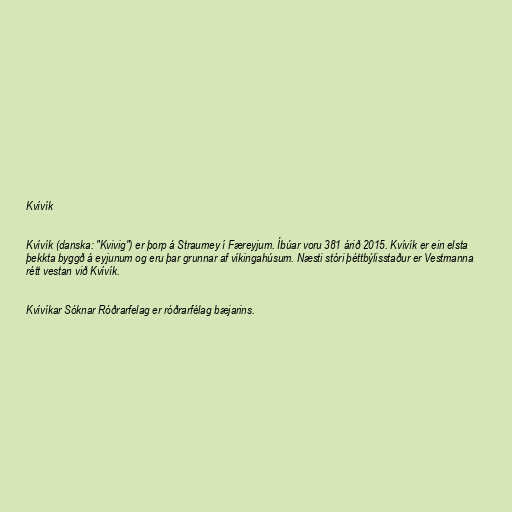
Kvívík

Kvívík (danska: "Kvivig") er þorp á Straumey í Færeyjum. Íbúar voru 381 árið 2015. Kvívík er ein elsta
þekkta byggð á eyjunum og eru þar grunnar af víkingahúsum. Næsti stóri þéttbýlisstaður er Vestmanna
rétt vestan við Kvívík.

Kvívíkar Sóknar Róðrarfelag er róðrarfélag bæjarins.